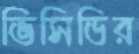
ভিসিডির